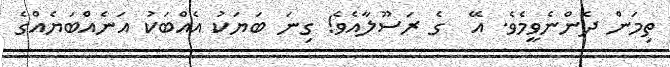
ތިމަން ދެންނެވީމެވެ. އޭ  ގެ ރަސޫލާއެވެ! ގިނަ ބަޔަކު އެއްބަކު އަނެއްބަޔެއްގެ